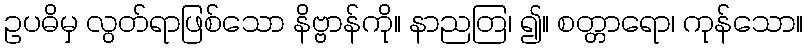
ဥပဓိမှ လွတ်ရာဖြစ်သော နိဗ္ဗာန်ကို။ နာညတြ၊ ၍။ စတ္တာရော၊ ကုန်သော။